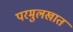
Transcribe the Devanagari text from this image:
परमुलखात